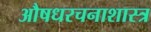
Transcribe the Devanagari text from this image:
औषधरचनाशास्त्र